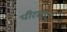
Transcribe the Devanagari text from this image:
पीरधाट